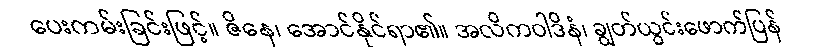
ပေးကမ်းခြင်းဖြင့်။ ဇိနေ၊ အောင်နိုင်ရာ၏။ အလိကဝါဒိနံ၊ ချွတ်ယွင်းဖောက်ပြန်